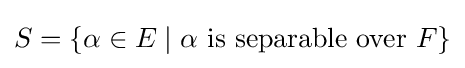
S=\{\alpha \in E\mid \alpha {\text{ is separable over }}F\}